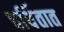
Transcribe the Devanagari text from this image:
चर्चितात